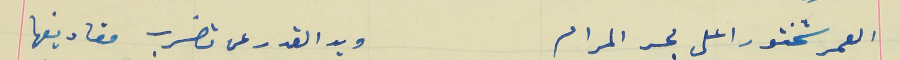
العمر شختور اعلى بحر المرام                             ويد القدر عن تضرب مقاديفها